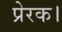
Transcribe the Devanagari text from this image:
प्रेरक।